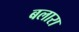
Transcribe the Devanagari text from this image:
बलारा